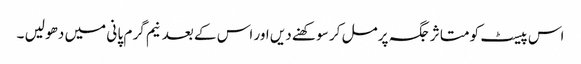
اس پیسٹ کو متا ثر جگہ پر مل کر سو کھنے دیں اور اس کے بعد نیم گر م پا نی میں دھو لیں ۔